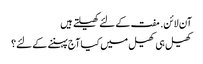
آن لائن. مفت کے لئے کھیلتے ہیں
کھیل ہی کھیل میں کیا آج پہننے کے لئے؟